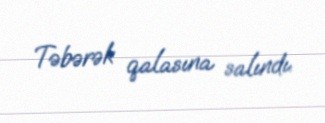
Təbərək qalasına salındı.